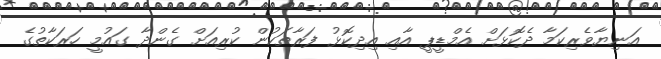
އަނިޔާވެރިކަމާ ދެކޮޅަށް އެމްޑީޕީ އާއި އިދިކޮޅު ފަރާތަކުން ކުރިއަށް ގެންދާ ގައުމީ ހަރަކާތުގެ